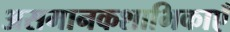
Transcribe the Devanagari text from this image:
असमानकशाभिकाएँ